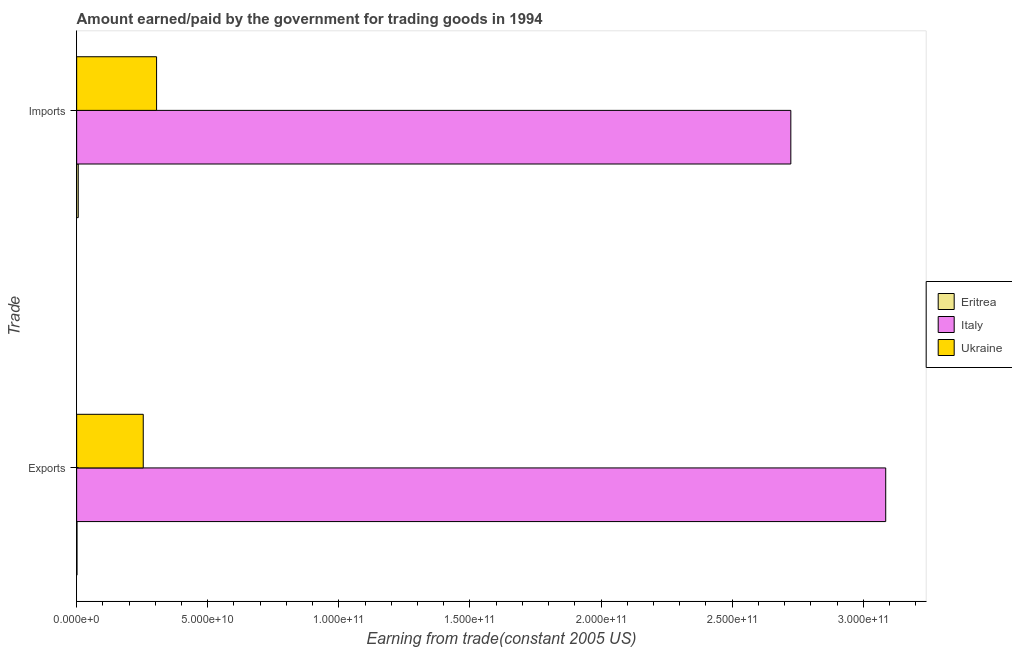
| Trade | Eritrea | Italy | Ukraine |
 | --- | --- | --- | --- |
 | Exports | 1.3e+08 | 3.09e+11 | 2.54e+10 |
 | Imports | 6.04e+08 | 2.72e+11 | 3.05e+10 |